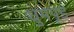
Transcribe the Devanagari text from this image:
धुमपूड